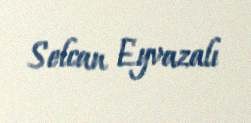
Selcan Eyvazalı